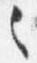
之